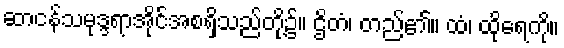
ဆာငန်သမုဒ္ဒရာအိုင်အစရှိသည်တို့၌။ ဌိတံ၊ တည်၏။ ထံ၊ ထိုရေကို။